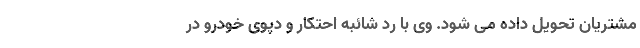
مشتریان تحویل داده می شود. وی با رد شائبه احتکار و دپوی خودرو در